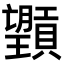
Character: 𪱮